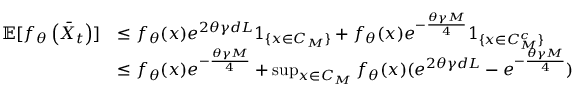
\begin{array} { r l } { \mathbb { E } [ f _ { \theta } \left( \bar { X } _ { t } \right) ] } & { \le f _ { \theta } ( x ) e ^ { 2 \theta \gamma d L } 1 _ { \{ x \in { \cal C } _ { M } \} } + f _ { \theta } ( x ) e ^ { - \frac { \theta \gamma M } { 4 } } 1 _ { \{ x \in { \cal C } _ { M } ^ { c } \} } } \\ & { \le f _ { \theta } ( x ) e ^ { - \frac { \theta \gamma M } { 4 } } + \operatorname* { s u p } _ { x \in { \cal C } _ { M } } f _ { \theta } ( x ) ( e ^ { 2 \theta \gamma d L } - e ^ { - \frac { \theta \gamma M } { 4 } } ) } \end{array}